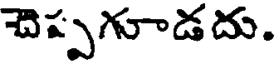
చెప్పగూడదు.